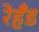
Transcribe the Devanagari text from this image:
रेहँड